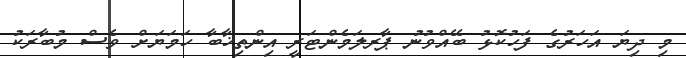
މި ދިޔަ އަހަރުގެ ފަހުކޮޅު ބޭއްވުނު ޕާރލަމެންޓަރީ އިންތިޚާބާ ހަމަޔަށް ވެސް މުބާރަކު